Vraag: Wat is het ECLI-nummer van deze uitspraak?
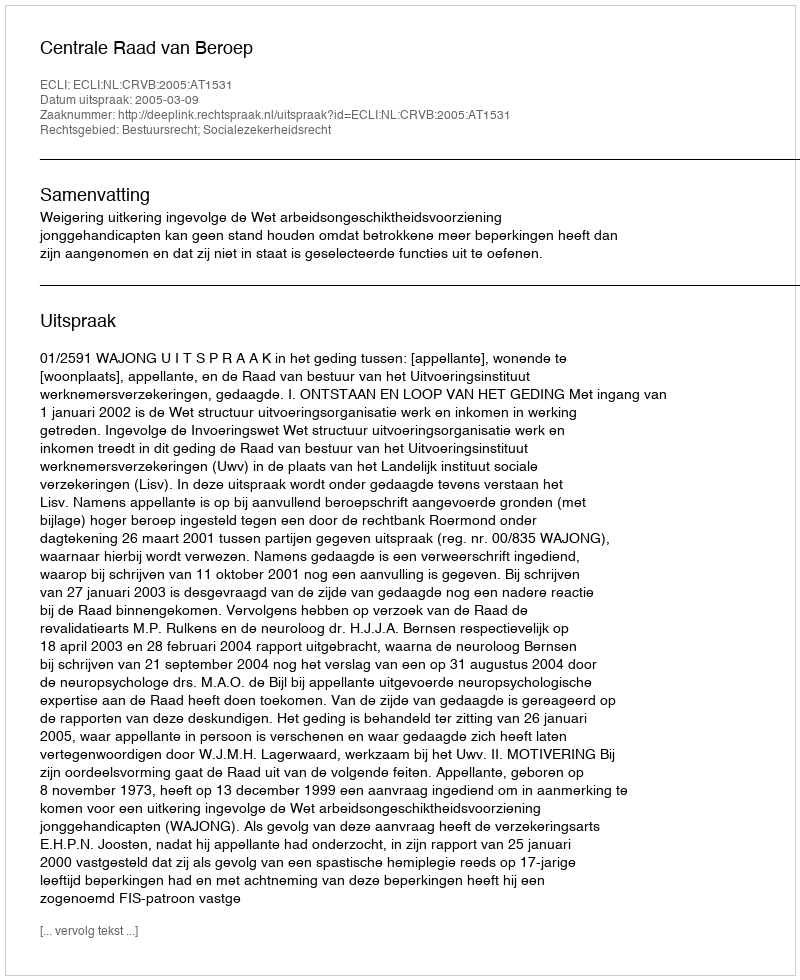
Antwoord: ECLI:NL:CRVB:2005:AT1531